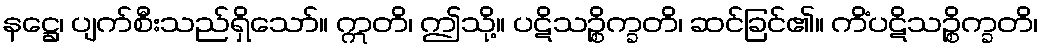
နဋ္ဌေ၊ ပျက်စီးသည်ရှိသော်။ ဣတိ၊ ဤသို့။ ပဋိသဉ္စိက္ခတိ၊ ဆင်ခြင်၏။ ကိံပဋိသဉ္စိက္ခတိ၊